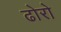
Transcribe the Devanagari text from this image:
ढोरो